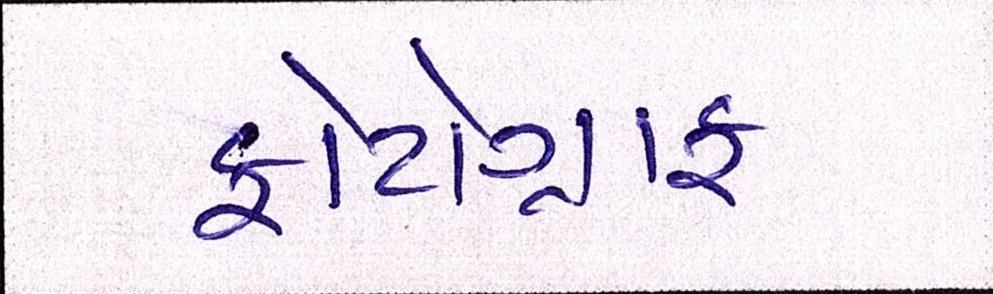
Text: ફોટોગ્રાફ